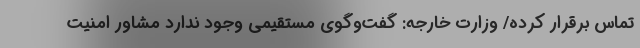
تماس برقرار کرده/ وزارت خارجه: گفت‌وگوی مستقیمی وجود ندارد مشاور امنیت